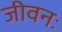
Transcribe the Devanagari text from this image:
जीवनः